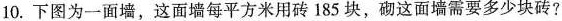
10.下图为一面墙，这面墙每平方米用砖185块，砌这面墙需要多少块砖?